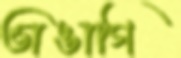
ভাঙাগি